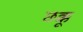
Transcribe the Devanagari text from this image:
छक्कू